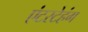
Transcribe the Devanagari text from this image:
एंटस्टेहंग